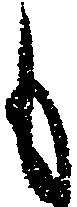
も